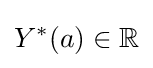
Y^{\ast }(a)\in \mathbb {R}